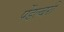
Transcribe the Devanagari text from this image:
पेंडल्बरी